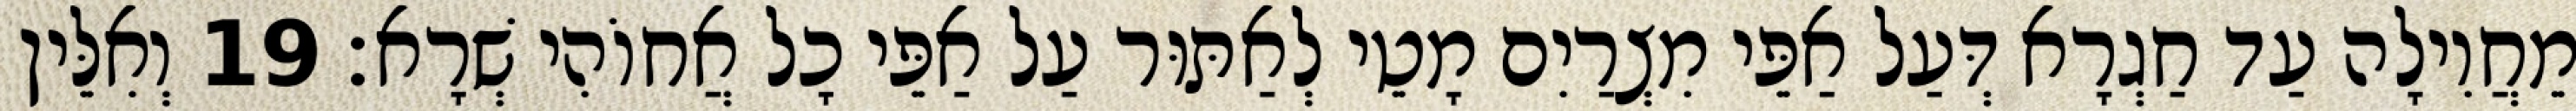
מֵחֲוִילָה עַד חַגְרָא דְּעַל אַפֵּי מִצְרַיִם מָטֵי לְאַתּוּר עַל אַפֵּי כָל אֲחוֹהִי שְׁרָא׃ 19 וְאִלֵּין